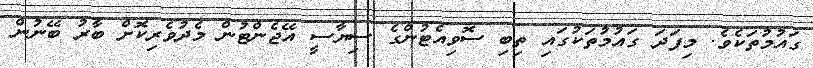
ގައުމުތަކެވެ. މިފަދަ ގައުމުތަކުގައި ތިބި ސޮވިއެޓުންގެ ސިޔާސީ އޭޖެންޓުން މެދުވެރިކޮށް ބާރު ބޭނުން